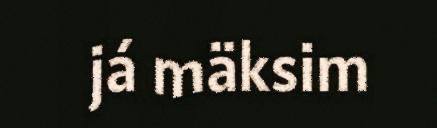
já mäksim